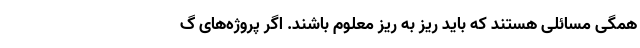
همگی مسائلی هستند که باید ریز به ریز معلوم باشند. اگر پروژه‌های گ